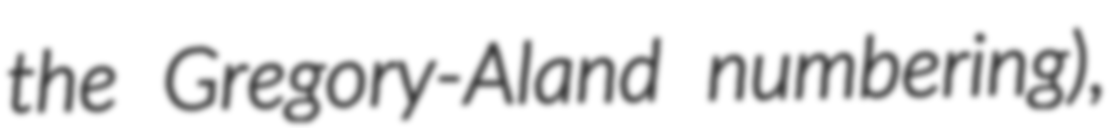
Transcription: the Gregory-Aland numbering),